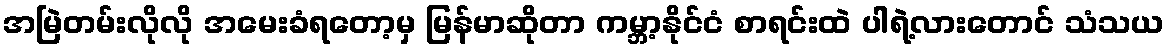
အမြဲတမ်းလိုလို အမေးခံရတော့မှ မြန်မာဆိုတာ ကမ္ဘာ့နိုင်ငံ စာရင်းထဲ ပါရဲ့လားတောင် သံသယ